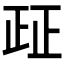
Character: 𰙤